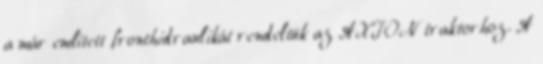
a már említett fronthidraulikát rendeltük az AXION traktorhoz. A